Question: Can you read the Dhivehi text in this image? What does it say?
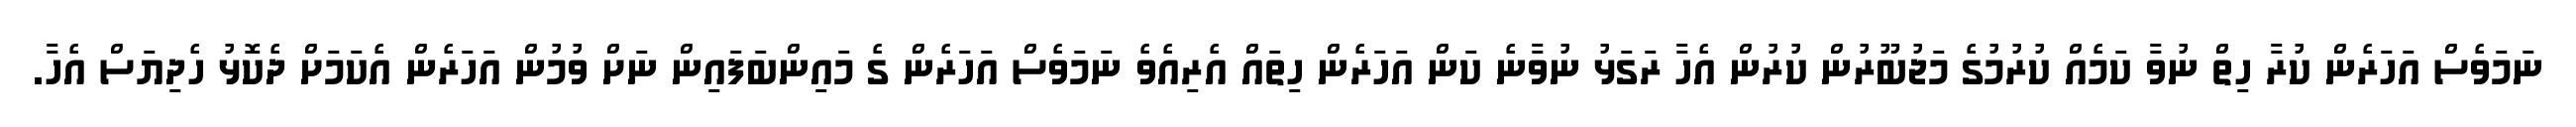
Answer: ނަމަވެސް އަހަރެން ކުރާ ހިތް ނުވާ ކަމެއް ކުރުމުގެ މަޖުބޫރުން ކުރުން އެހާ ރަގަޅު ނުވާނެ ކަން އަހަރެން ހިތައް އެރިއެވެ ނަމަވެސް އަހަރެން ގެ މައިންބަފައިން ނަށް ވުމުން އަހަރެން އެކަމަށް ދެކޮޅު ހެދިޔަސް އެހާ.